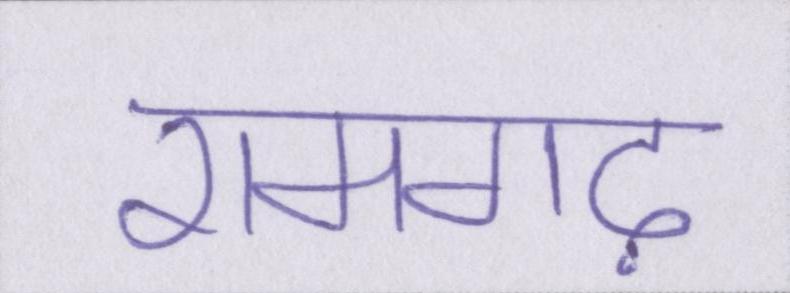
रामगढ़